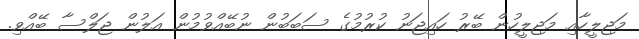
މަޖިލީހާއި މަޖިލީހުން ބޭރު ހައިޖަނު ކުރުމުގެ ސަބަބުން ނުބޭއްވުމުން އަލުން ޖަލްސާ ބޭއްވި.